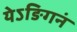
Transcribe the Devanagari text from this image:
येऽङिगनं